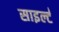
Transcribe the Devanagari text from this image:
साइल्ट॑